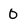
Character: O